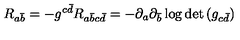
R _ { a { \bar { b } } } = - g ^ { c { \bar { d } } } R _ { a { \bar { b } } c { \bar { d } } } = - \partial _ { a } \partial _ { \bar { b } } \log { \det { ( g _ { c { \bar { d } } } ) } }